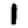
Digit: 1